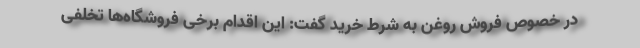
در خصوص فروش روغن به شرط خرید گفت: این اقدام برخی فروشگاه‌ها تخلفی